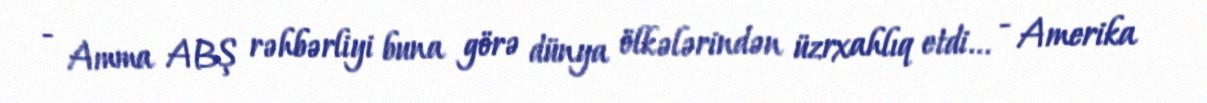
- Amma ABŞ rəhbərliyi buna görə dünya ölkələrindən üzrxahlıq etdi... - Amerika